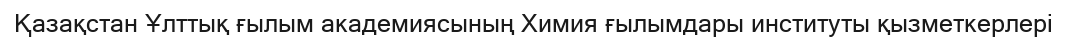
Қазақстан Ұлттық ғылым академиясының Химия ғылымдары институты қызметкерлері